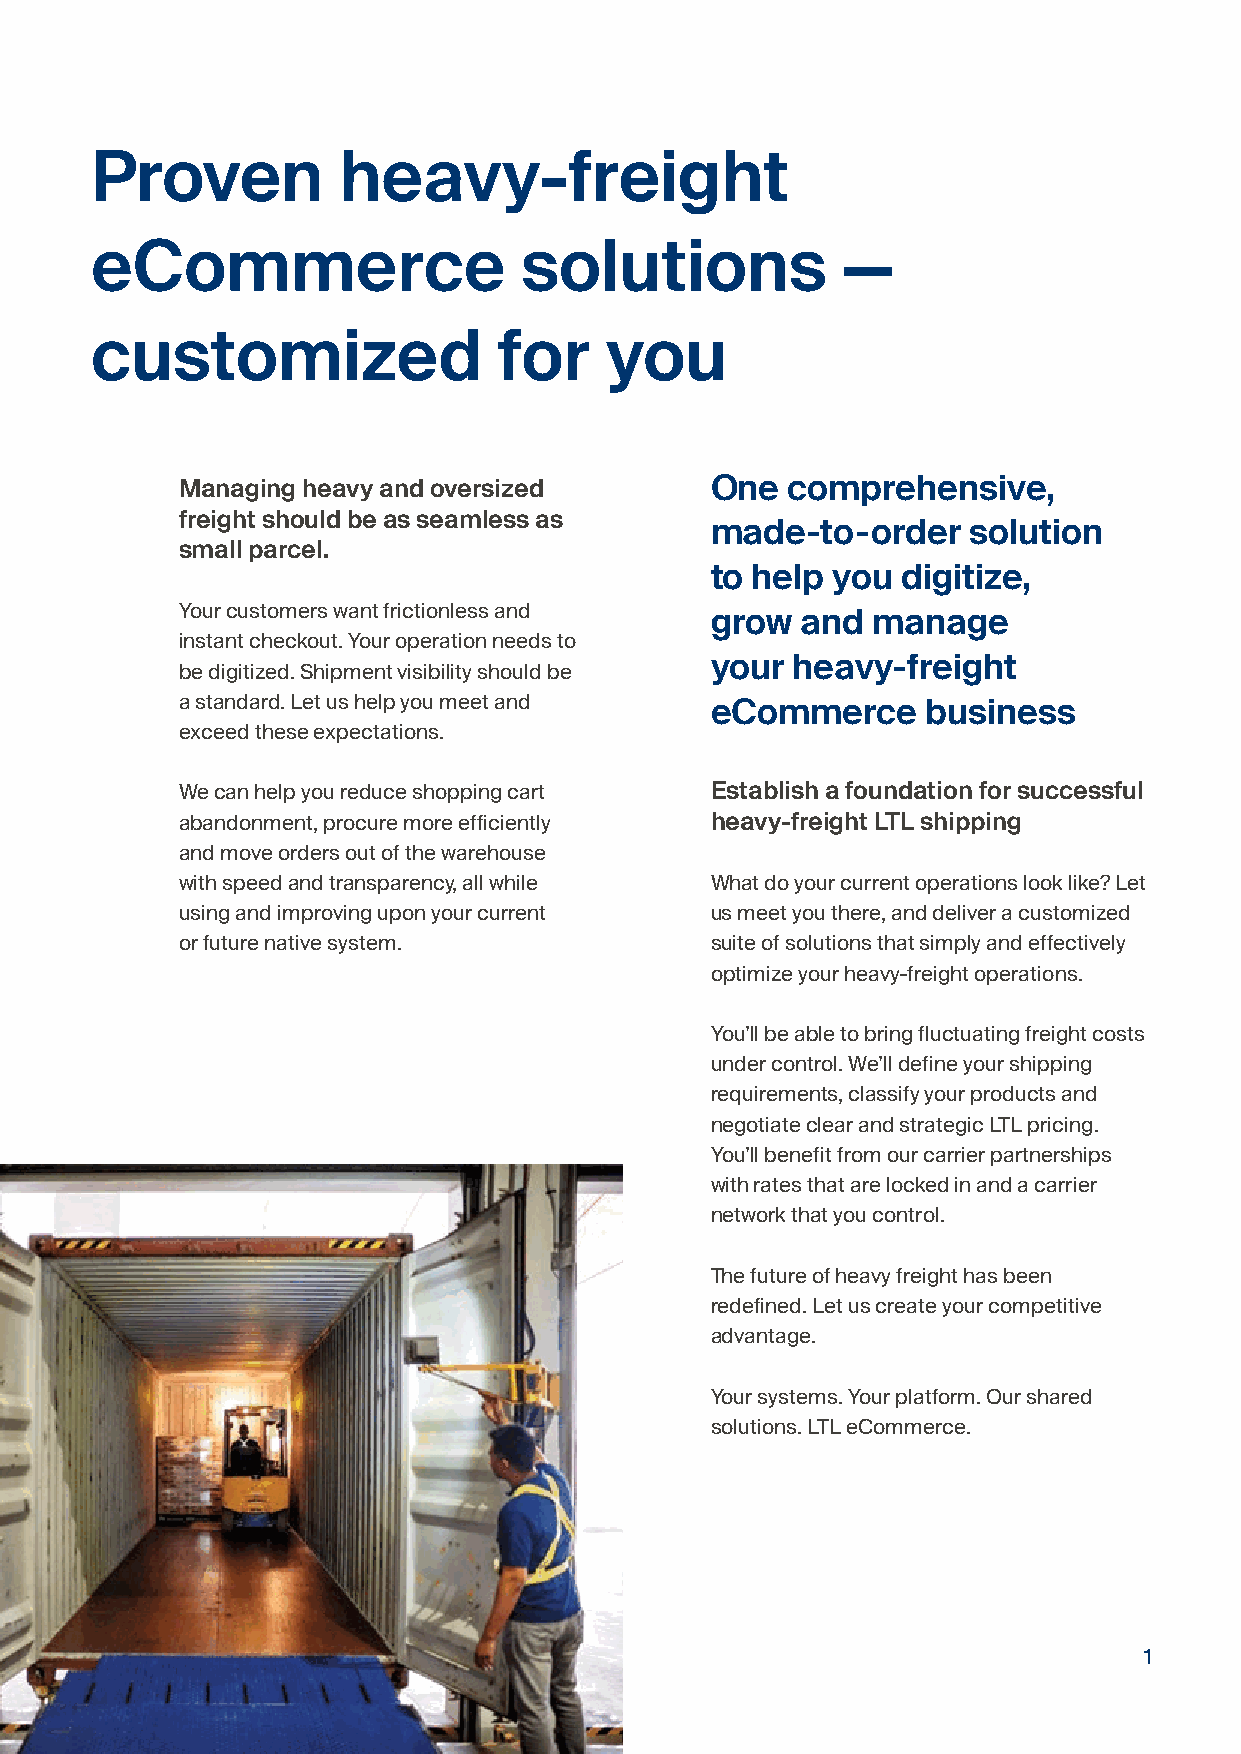
Proven          heavy-freight
 eCommerce                   solutions             —
 customized                 for    you
 Managing heavy and oversized       One  comprehensive,
 freight should be as seamless as
 made-to-order    solution
 small parcel.
 to help you  digitize,
 Your customers want frictionless and
 grow  and  manage
 instant checkout. Your operation needs to
 be digitized. Shipment visibility should be your heavy-freight
 a standard. Let us help you meet and
 eCommerce     business
 exceed these expectations.
 We can help you reduce shopping cart Establish a foundation for successful
 abandonment, procure more efficiently heavy-freight LTL shipping
 and move orders out of the warehouse
 with speed and transparency, all while What do your current operations look like? Let
 using and improving upon your current us meet you there, and deliver a customized
 or future native system.           suite of solutions that simply and effectively
 optimize your heavy-freight operations.
 You’ll be able to bring fluctuating freight costs
 under control. We’ll define your shipping
 requirements, classify your products and
 negotiate clear and strategic LTL pricing.
 You’ll benefit from our carrier partnerships
 with rates that are locked in and a carrier
 network that you control.
 The future of heavy freight has been
 redefined. Let us create your competitive
 advantage.
 Your systems. Your platform. Our shared
 solutions. LTL eCommerce.
 1